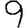
Digit: 9